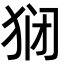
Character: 𬌱